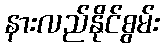
နားလည်နိုင်စွမ်း